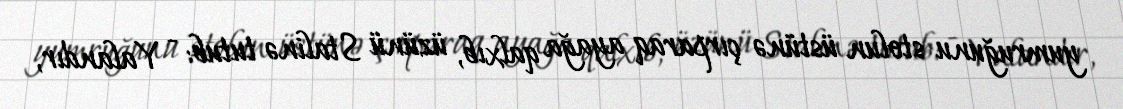
yumruğunu stolun üstünə çırparaq ayağa qalxıb, üzünü Stalinə tutub: - Yalandır,